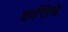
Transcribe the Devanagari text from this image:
हात्तिचे